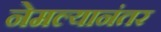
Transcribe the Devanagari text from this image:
नेमल्यानंतर